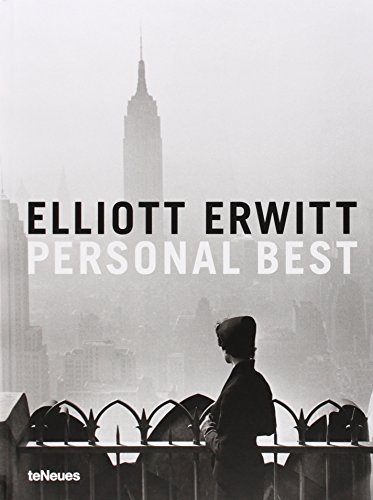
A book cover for Personal Best; Arts & Photography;